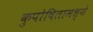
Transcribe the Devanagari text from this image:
कुपोषितामध्ये